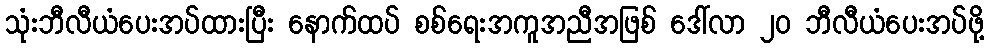
သုံးဘီလီယံပေးအပ်ထားပြီး နောက်ထပ် စစ်ရေးအကူအညီအဖြစ် ဒေါ်လာ ၂၀ ဘီလီယံပေးအပ်ဖို့